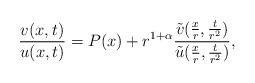
LaTeX: \begin{align*}\frac{v(x,t)}{u(x,t)}= P(x) + r^{1+\alpha} \frac{\tilde v(\frac{x}{r},\frac{t}{r^2})}{\tilde u(\frac{x}{r},\frac{t}{r^2})},\end{align*}